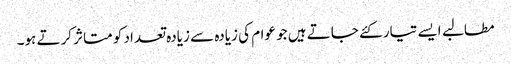
مطالبے ایسے تیار کئے جاتے ہیں جو عوام کی زیادہ سے زیادہ تعداد کو متاثر کرتے ہو۔